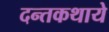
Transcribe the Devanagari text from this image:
दन्तकथाये